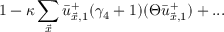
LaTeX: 1 - \kappa \sum _ { \vec { x } } \bar { u } _ { \vec { x } , 1 } ^ { + } ( \gamma _ { 4 } + 1 ) ( \Theta \bar { u } _ { \vec { x } , 1 } ^ { + } ) + . . .